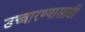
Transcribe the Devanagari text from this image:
उच्चारण्यासाठी